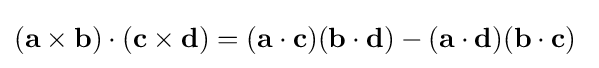
(\mathbf {a\times b} )\cdot (\mathbf {c} \times \mathbf {d} )=(\mathbf {a\cdot c} )(\mathbf {b\cdot d} )-(\mathbf {a\cdot d} )(\mathbf {b\cdot c} )\